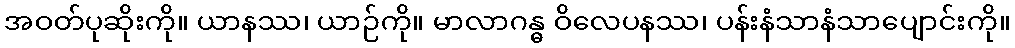
အဝတ်ပုဆိုးကို။ ယာနဿ၊ ယာဉ်ကို။ မာလာဂန္ဓ ဝိလေပနဿ၊ ပန်းနံသာနံသာပျောင်းကို။